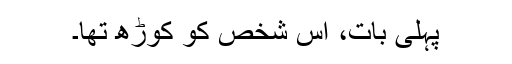
پہلی بات، اُس شخص کو کوڑھ تھا۔